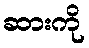
ဆားကို